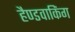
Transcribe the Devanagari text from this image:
हैण्डवाकिंग